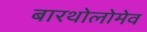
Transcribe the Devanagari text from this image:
बारथोलोमेव